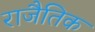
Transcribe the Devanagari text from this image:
राजैतिक